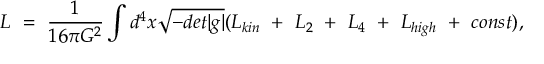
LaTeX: { \cal L } ~ = ~ { \frac { 1 } { 1 6 \pi G ^ { 2 } } } \int d ^ { 4 } x \sqrt { - d e t | g | } ( { \cal L } _ { k i n } ~ + ~ { \cal L } _ { 2 } ~ + ~ { \cal L } _ { 4 } ~ + ~ { \cal L } _ { h i g h } ~ + ~ c o n s t ) ,